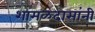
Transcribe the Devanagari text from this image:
शामळदासांनी